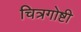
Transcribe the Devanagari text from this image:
चित्रगोष्टी